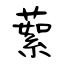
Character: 蕠